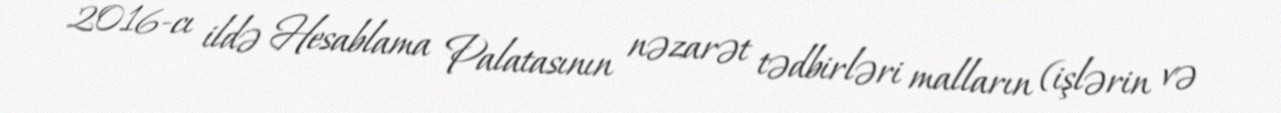
2016-cı ildə Hesablama Palatasının nəzarət tədbirləri malların (işlərin və